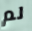
لم